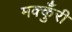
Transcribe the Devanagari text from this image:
मक्कुँरी